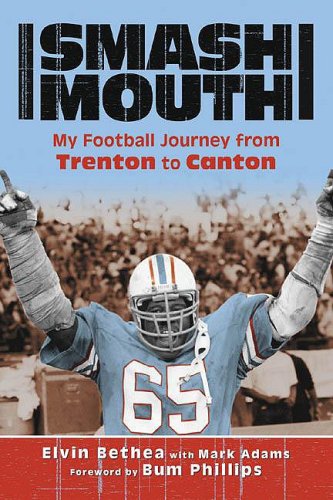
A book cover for Smash-Mouth: My Football Journey from Trenton to Canton; Elvin Bethea; Sports & Outdoors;